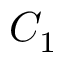
C _ { 1 }